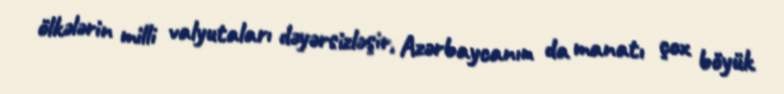
ölkələrin milli valyutaları dəyərsizləşir, Azərbaycanın da manatı çox böyük